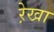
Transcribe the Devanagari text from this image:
रे़खा